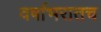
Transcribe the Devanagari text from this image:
वर्षाभरातच